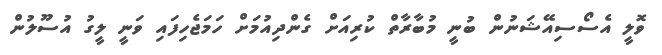
ވޮލީ އެސޯސިއޭޝަނުން ބުނީ މުބާރާތް ކުރިއަށް ގެންދިއުމަށް ހަމަޖެހިފައި ވަނީ ލީގު އުސޫލުން